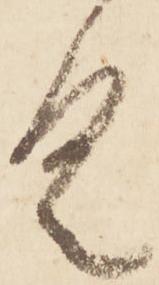
具